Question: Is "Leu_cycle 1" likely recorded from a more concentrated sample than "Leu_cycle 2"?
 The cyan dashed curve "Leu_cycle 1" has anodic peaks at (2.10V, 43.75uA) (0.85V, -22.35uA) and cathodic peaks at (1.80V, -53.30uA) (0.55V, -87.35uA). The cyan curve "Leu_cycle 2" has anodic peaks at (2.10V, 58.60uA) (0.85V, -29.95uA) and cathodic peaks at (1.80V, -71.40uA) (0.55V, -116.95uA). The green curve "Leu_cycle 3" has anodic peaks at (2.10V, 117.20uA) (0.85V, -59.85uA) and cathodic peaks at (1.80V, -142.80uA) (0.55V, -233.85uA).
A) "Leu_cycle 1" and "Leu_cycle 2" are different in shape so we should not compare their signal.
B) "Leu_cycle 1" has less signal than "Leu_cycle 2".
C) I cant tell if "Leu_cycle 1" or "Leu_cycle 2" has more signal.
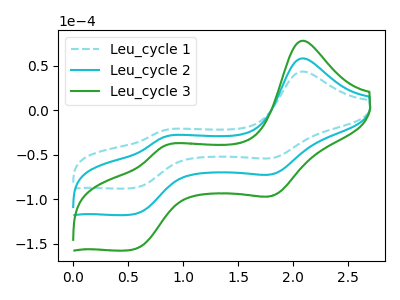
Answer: <think>All the peaks in "Leu_cycle 1" have a peak in "Leu_cycle 2" at the same potential.
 </think>
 <answer>C) I cant tell if "Leu_cycle 1" or "Leu_cycle 2" has more signal.</answer>
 <eval>C</eval>